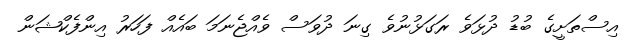
އިސްތަށީގެ ބުޑު ދުޅަވެ ރަގަޅުނުވެ ގިނަ ދުވަސް ވެއްޖެނަމަ ބައެއް ފަހަރު އިންފެކްޝަން